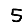
Digit: 5